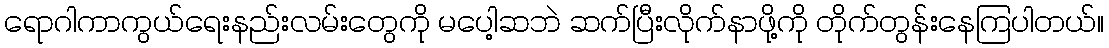
ရောဂါကာကွယ်ရေးနည်းလမ်းတွေကို မပေါ့ဆဘဲ ဆက်ပြီးလိုက်နာဖို့ကို တိုက်တွန်းနေကြပါတယ်။